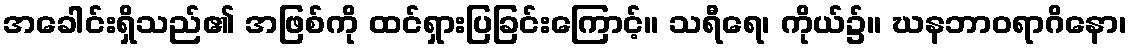
အခေါင်းရှိသည်၏ အဖြစ်ကို ထင်ရှားပြခြင်းကြောင့်။ သရီရေ၊ ကိုယ်၌။ ဃနဘာဝရာဂိနော၊